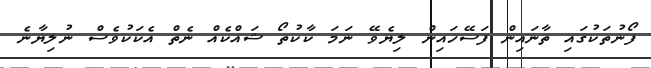
ފޯނުތަކުގައި ތާނައިން ފަސޭހައިން ލިޔެވޭ ނަމަ ކާކުތޯ ޝައްކެއް ނެތް އެކަކުވެސް ނުލިޔާނެ